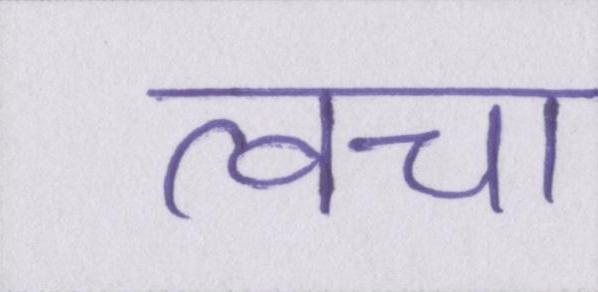
त्वचा